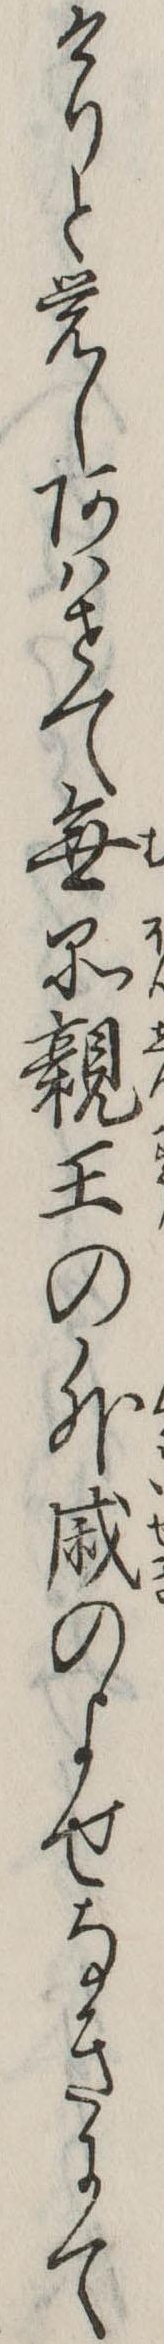
けりと覚しあはせて無品親王の外戚のよせなきにて